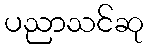
ပညာသင်ဆု